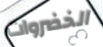
الخضروات